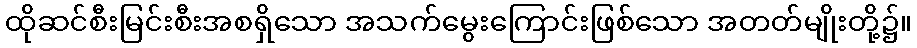
ထိုဆင်စီးမြင်းစီးအစရှိသော အသက်မွေးကြောင်းဖြစ်သော အတတ်မျိုးတို့၌။